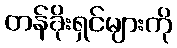
တန်ခိုးရှင်များကို